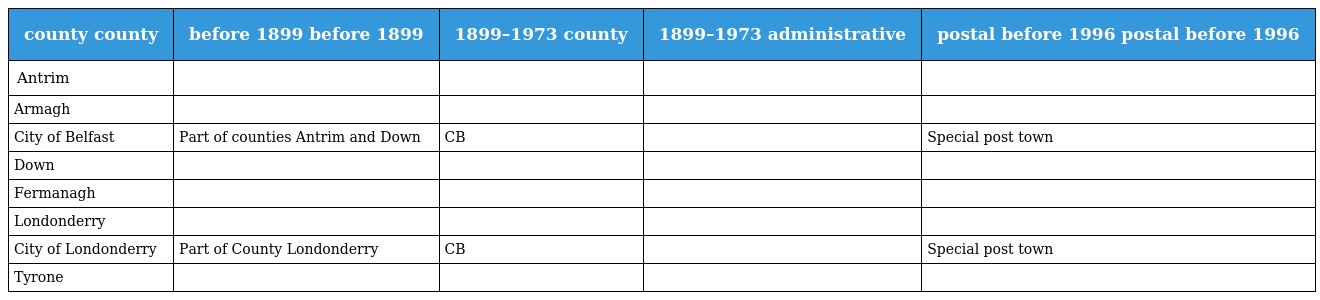
| county county | before 1899 before 1899 | 1899–1973 county | 1899–1973 administrative | postal before 1996 postal before 1996 |
 | --- | --- | --- | --- | --- |
 | Antrim |  |  |  |  |
 | Armagh |  |  |  |  |
 | City of Belfast | Part of counties Antrim and Down | CB |  | Special post town |
 | Down |  |  |  |  |
 | Fermanagh |  |  |  |  |
 | Londonderry |  |  |  |  |
 | City of Londonderry | Part of County Londonderry | CB |  | Special post town |
 | Tyrone |  |  |  |  |